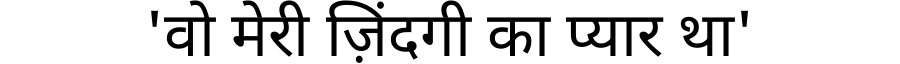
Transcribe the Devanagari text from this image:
'वो मेरी ज़िंदगी का प्यार था'